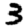
Digit: 3